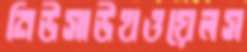
নিউসাউথওয়েলস